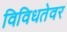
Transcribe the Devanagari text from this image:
विविधतेवर